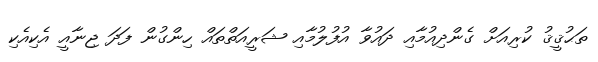
ތަޙުޤީޤު ކުރިއަށް ގެންދިއުމާއި ދައުވާ އުފުލުމާއި ޝަރީއަތްތައް ހިންގުން ފަދަ ޖިނާއީ އެކިއެކި